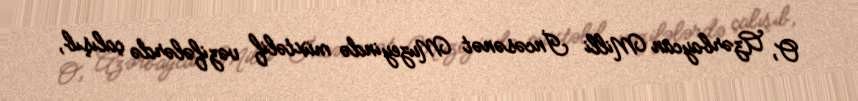
O, Azərbaycan Milli İncəsənət Muzeyində müxtəlif vəzifələrdə çalışıb,